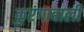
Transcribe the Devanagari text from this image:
कुरंगावाली